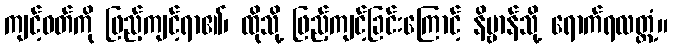
ကျင့်ဝတ်ကို ဖြည့်ကျင့်ရာ၏၊ ထိုသို့ ဖြည့်ကျင့်ခြင်းကြောင့် နိဗ္ဗာန်သို့ ရောက်ရလတ္တံ့။